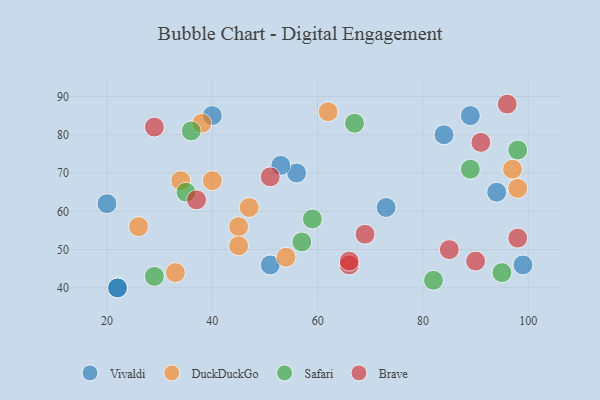
{"axis": {"x": "GDP", "y": "Life Expectancy"}, "legend": ["Brave", "DuckDuckGo", "Safari", "Vivaldi"], "data": [{"x": "22", "y": 40, "type": "Vivaldi"}, {"x": "89", "y": 85, "type": "Vivaldi"}, {"x": "84", "y": 80, "type": "Vivaldi"}, {"x": "99", "y": 46, "type": "Vivaldi"}, {"x": "73", "y": 61, "type": "Vivaldi"}, {"x": "51", "y": 46, "type": "Vivaldi"}, {"x": "20", "y": 62, "type": "Vivaldi"}, {"x": "40", "y": 85, "type": "Vivaldi"}, {"x": "56", "y": 70, "type": "Vivaldi"}, {"x": "22", "y": 40, "type": "Vivaldi"}, {"x": "53", "y": 72, "type": "Vivaldi"}, {"x": "94", "y": 65, "type": "Vivaldi"}, {"x": "26", "y": 56, "type": "DuckDuckGo"}, {"x": "33", "y": 44, "type": "DuckDuckGo"}, {"x": "47", "y": 61, "type": "DuckDuckGo"}, {"x": "45", "y": 56, "type": "DuckDuckGo"}, {"x": "34", "y": 68, "type": "DuckDuckGo"}, {"x": "62", "y": 86, "type": "DuckDuckGo"}, {"x": "97", "y": 71, "type": "DuckDuckGo"}, {"x": "38", "y": 83, "type": "DuckDuckGo"}, {"x": "45", "y": 51, "type": "DuckDuckGo"}, {"x": "40", "y": 68, "type": "DuckDuckGo"}, {"x": "54", "y": 48, "type": "DuckDuckGo"}, {"x": "98", "y": 66, "type": "DuckDuckGo"}, {"x": "29", "y": 43, "type": "Safari"}, {"x": "67", "y": 83, "type": "Safari"}, {"x": "35", "y": 65, "type": "Safari"}, {"x": "59", "y": 58, "type": "Safari"}, {"x": "36", "y": 81, "type": "Safari"}, {"x": "57", "y": 52, "type": "Safari"}, {"x": "89", "y": 71, "type": "Safari"}, {"x": "98", "y": 76, "type": "Safari"}, {"x": "95", "y": 44, "type": "Safari"}, {"x": "82", "y": 42, "type": "Safari"}, {"x": "90", "y": 47, "type": "Brave"}, {"x": "96", "y": 88, "type": "Brave"}, {"x": "29", "y": 82, "type": "Brave"}, {"x": "37", "y": 63, "type": "Brave"}, {"x": "51", "y": 69, "type": "Brave"}, {"x": "66", "y": 46, "type": "Brave"}, {"x": "66", "y": 47, "type": "Brave"}, {"x": "85", "y": 50, "type": "Brave"}, {"x": "98", "y": 53, "type": "Brave"}, {"x": "91", "y": 78, "type": "Brave"}, {"x": "69", "y": 54, "type": "Brave"}]}